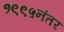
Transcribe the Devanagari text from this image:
१९९५नंतर